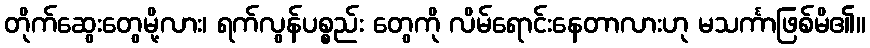
တိုက်ဆွေးတွေမို့လား၊ ရက်လွန်ပစ္စည်း တွေကို လိမ်ရောင်းနေတာလားဟု မသင်္ကာဖြစ်မိ၏။